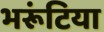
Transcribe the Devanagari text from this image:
भरूंटिया